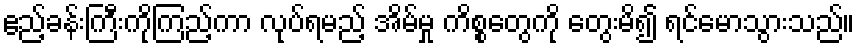
ဧည့်ခန်းကြီးကိုကြည့်ကာ လုပ်ရမည့် အိမ်မှု ကိစ္စတွေကို တွေးမိ၍ ရင်မောသွားသည်။